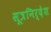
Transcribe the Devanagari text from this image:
सूत्रनिर्देश